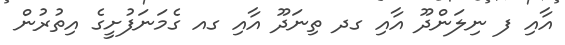
އާއި ފ ނިލަންދޫ އާއި ގދ ތިނަދޫ އާއި ގއ ގެމަނަފުށީގެ އިތުރުން